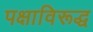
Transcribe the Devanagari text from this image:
पक्षाविरूद्ध